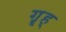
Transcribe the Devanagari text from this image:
गॄह्